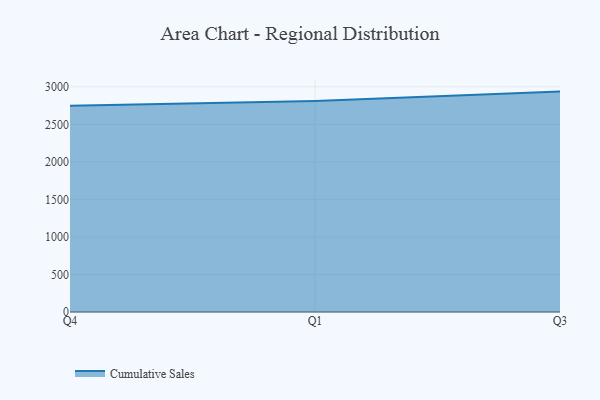
{"axis": {"x": "Quarter", "y": "Customer Acquisition Cost (USD)"}, "legend": ["Cumulative Sales"], "data": [{"x": "Q4", "y": 2748.8, "type": "Cumulative Sales"}, {"x": "Q1", "y": 2810.9, "type": "Cumulative Sales"}, {"x": "Q3", "y": 2936.4, "type": "Cumulative Sales"}]}